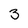
Character: 3